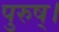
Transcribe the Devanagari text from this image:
पुरुष्।